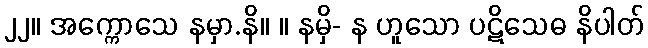
၂၂။ အက္ကောသေ နမှာ.နိ။ ။ နမှိ- န ဟူသော ပဋိသေဓ နိပါတ်